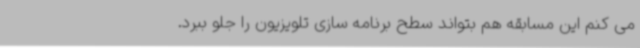
می کنم این مسابقه هم بتواند سطح برنامه سازی تلویزیون را جلو ببرد.